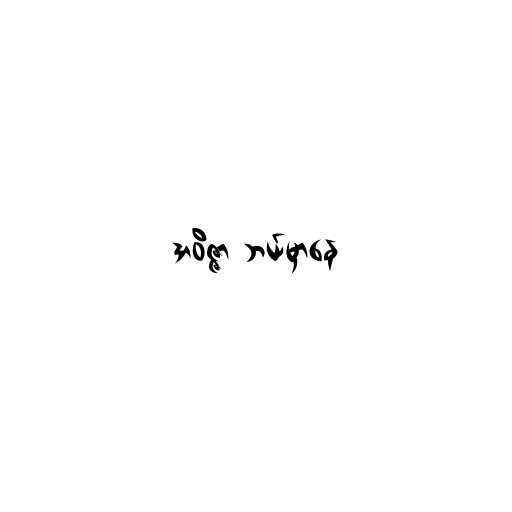
အဝိဇ္ဇာ ဘယ်မှာနေ